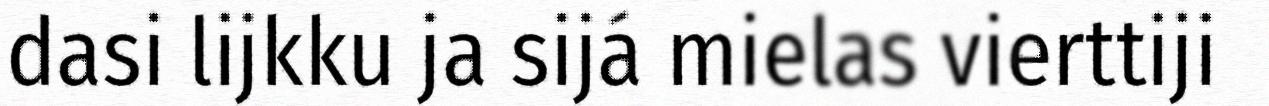
dasi lijkku ja sijá mielas vierttiji